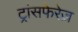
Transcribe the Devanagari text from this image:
ट्रांसफेरेज़